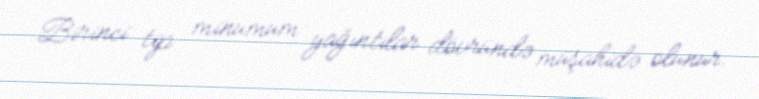
Birinci tip minumum yağıntılar dövründə müşahidə olunur.